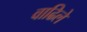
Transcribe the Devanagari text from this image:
वाढिले